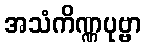
အသံကိဏ္ဏပုဗ္ဗာ